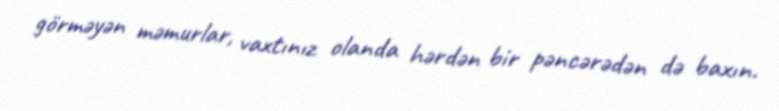
görməyən məmurlar, vaxtınız olanda hərdən bir pəncərədən də baxın.